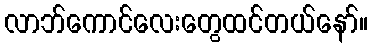
လာဘ်ကောင်လေးတွေထင်တယ်နော်။